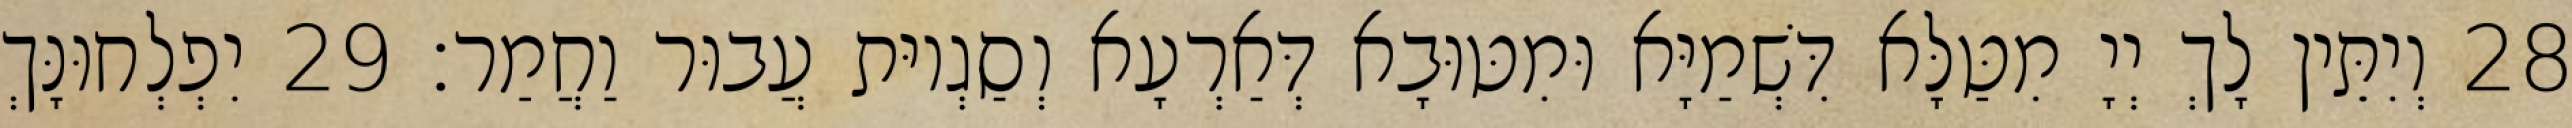
28 וְיִתֵּין לָךְ יְיָ מִטַּלָּא דִּשְׁמַיָּא וּמִטּוּבָא דְּאַרְעָא וְסַגְיוּת עֲבוּר וַחֲמַר׃ 29 יִפְלְחוּנָּךְ